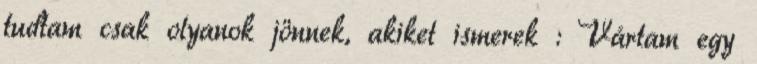
tudtam csak olyanok jönnek, akiket ismerek : Vártam egy